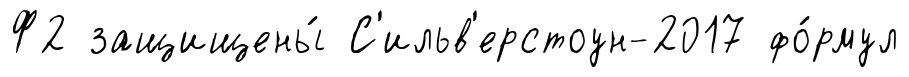
Ф2 защищены́ С'ильв'ерстоун-2017 фо́рмул